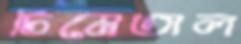
ঢিমেতাল